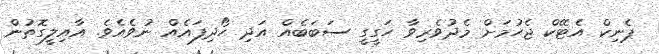
ޕެނިކް އެޓޭކް ޖެހުމަށް މެދުވެރިވާ ހަގީގީ ސަބަބެއް އަދި ހޯދިފައެއް ނުވެއެވެ. އާއިލީގޮތުން